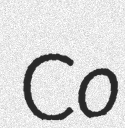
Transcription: Co